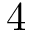
4